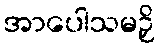
အာပေါသမဉှိ